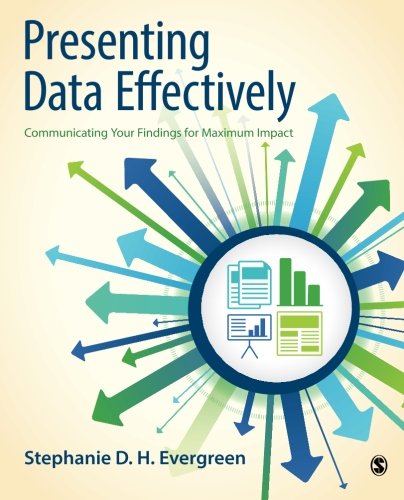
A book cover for Presenting Data Effectively: Communicating Your Findings for Maximum Impact; Stephanie D. H. Evergreen; Politics & Social Sciences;